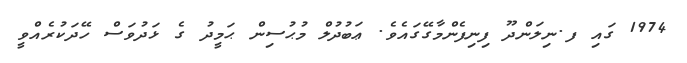
1974 ގައި ފ.ނިލަންދޫ ފިނިފެންމާގޭގައެވެ. ޢަބުދުލް މުޙުސިން ޙަމީދު ގެ ޅަދުވަސް ހޭދަކުރެއްވީ